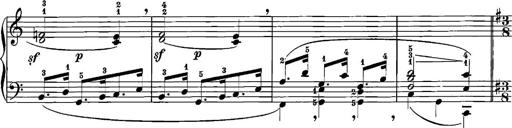
Title: 12 Sonatinas
Composer: Ignaz Pleyel